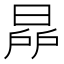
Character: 𣇯